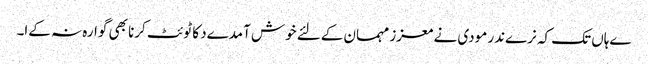
ےہاں تک کہ نرےندر مودی نے معزز مہمان کےلئے خوش آمدےد کا ٹوئٹ کرنا بھی گوارہ نہ کےا۔